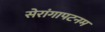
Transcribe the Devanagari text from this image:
सेरांगापटनम